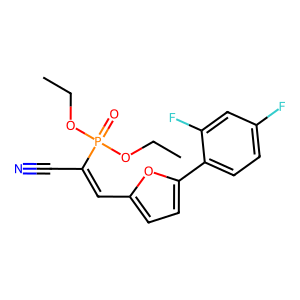
SMILES: CCOP(=O)(OCC)C(C#N)=Cc1ccc(-c2ccc(F)cc2F)o1
Inhibits HIV replication: No